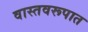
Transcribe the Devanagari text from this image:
वास्तवरूपात